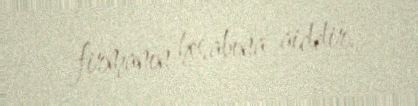
firmanın hesabına aiddir.